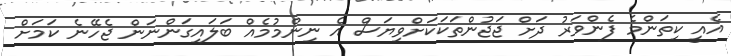
އެއީ ކިތަންމެ ފެންވަރު ދަށް ޖަޖުންތަކަކަށްވިޔަސް އެ ނިންމުމެއް ބަލައިގަންނަން ޖެހޭނެ ކަމަށް